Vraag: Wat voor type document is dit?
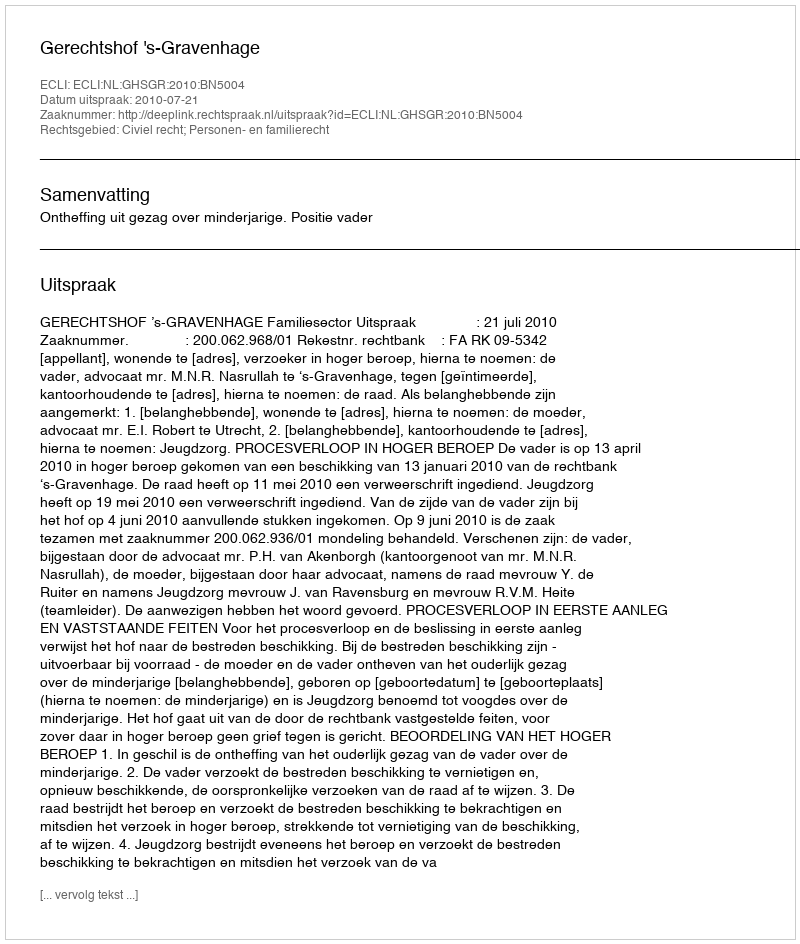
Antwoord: Uitspraak